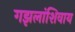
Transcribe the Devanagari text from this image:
गझलांशिवाय